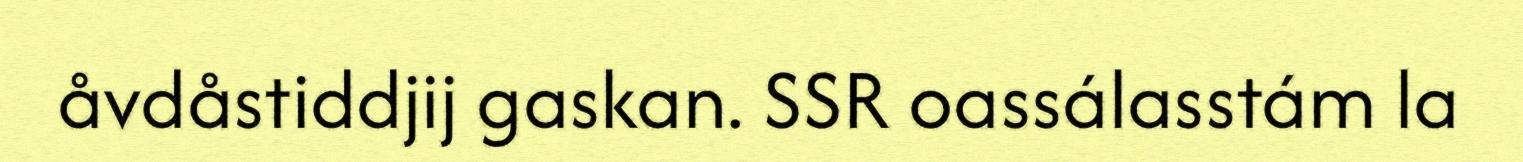
åvdåstiddjij gaskan. SSR oassálasstám la